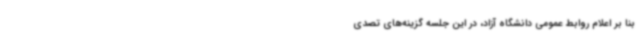
بنا بر اعلام روابط عمومی دانشگاه آزاد، در این جلسه گزینه‌های تصدی